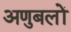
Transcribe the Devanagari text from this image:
अणुबलों